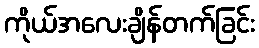
ကိုယ်အလေးချိန်တက်ခြင်း